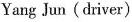
Yang Jun (driver)